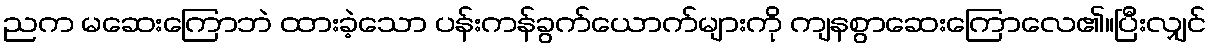
ညက မဆေးကြောဘဲ ထားခဲ့သော ပန်းကန်ခွက်ယောက်များကို ကျနစွာဆေးကြောလေ၏။ပြီးလျှင်